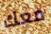
معك